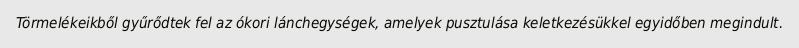
Törmelékeikből gyűrődtek fel az ókori lánchegységek, amelyek pusztulása keletkezésükkel egyidőben megindult.